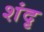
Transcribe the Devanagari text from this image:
शंदृ